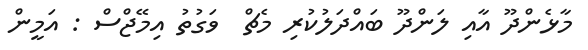
މާޅެންދޫ އާއި ލަންދޫ ބައްދަލުކުރި މެޗް  ވަގުތު އިމޭޖްސް : އަމީން